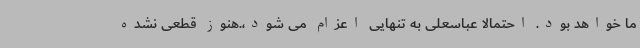
ما خواهد بود. احتمالا عباسعلی به تنهایی اعزام می شود،.هنوز قطعی نشده